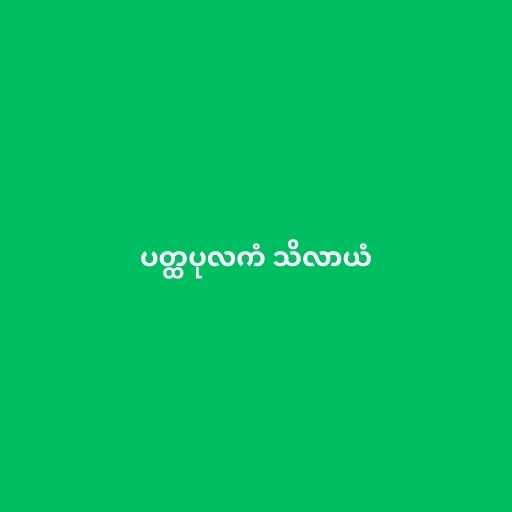
ပတ္ထပုလကံ သိလာယံ